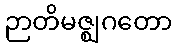
ဉာတိမဇ္ဈဂတော